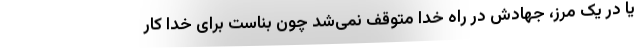
یا در یک مرز، جهادش در راه خدا متوقف نمی‌شد چون بناست برای خدا کار